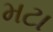
મટા